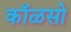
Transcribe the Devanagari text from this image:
कॉळसो